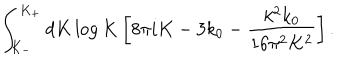
LaTeX: \int _ { K _ { - } } ^ { K _ { + } } d K \log K \left[ 8 \pi i K - 3 k _ { 0 } - \frac { k ^ { 2 } k _ { 0 } } { 1 6 \pi ^ { 2 } K ^ { 2 } } \right] .